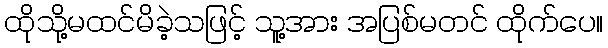
ထိုသို့မထင်မိခဲ့သဖြင့် သူ့အား အပြစ်မတင် ထိုက်ပေ။